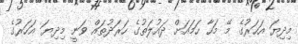
މިދިޔަ އަހަރުގެ މޭ މަހާ ހަމައަށް ދައުލަތުގެ ހަރަދުތައް ވަނީ މިދިޔަ އަހަރުގެ